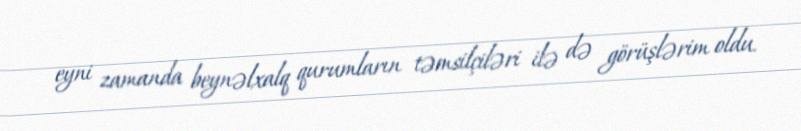
eyni zamanda beynəlxalq qurumların təmsilçiləri ilə də görüşlərim oldu.